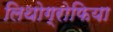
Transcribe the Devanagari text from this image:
लिथोग्रोफिया